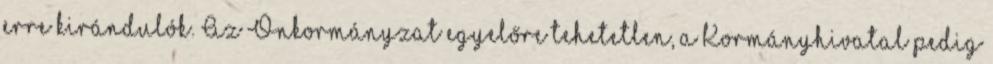
erre kirándulók. Az Önkormányzat egyelőre tehetetlen, a Kormányhivatal pedig